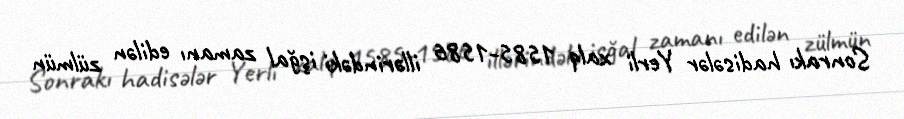
Sonrakı hadisələr Yerli xalq 1585-1586 illərindəki işğal zamanı edilən zülmün